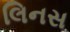
લિનસ